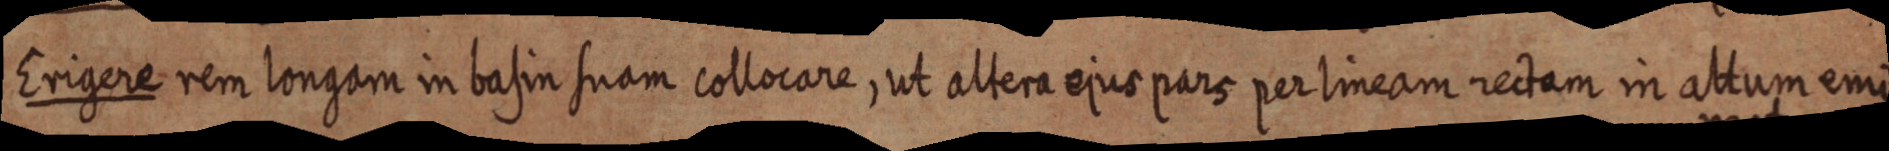
Erigere rem longam in basin suam collocare, ut altera ejus pars per lineam rectam in altum emi